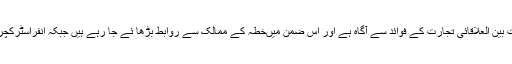
ایک استقبالیہ سے خطاب کرتے ہوئے کامران مائیکل نے کہا کہ حکومت بین العلاقائی تجارت کے فوائد سے آگاہ ہے اور اس ضمن میںخطہ کے ممالک سے روابط بڑھا ئے جا رہے ہیں جبکہ انفراسٹرکچر کو بہتر بنایا جا رہا ہے تاکہ عوام کی خوشحالی کو یقینی بنایا جا سکے۔